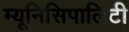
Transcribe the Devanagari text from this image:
म्यूनिसिपालिटी